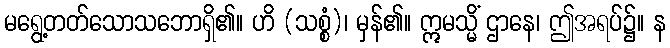
မရွေ့တတ်သောသဘောရှိ၏။ ဟိ (သစ္စံ)၊ မှန်၏။ ဣမသ္မိံ ဌာနေ၊ ဤအရပ်၌။ န